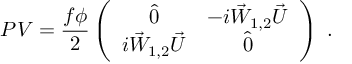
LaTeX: P V = \frac { f \phi } { 2 } \left( \begin{array} { c c } { { \hat { 0 } } } & { { - i \vec { W } _ { 1 , 2 } \vec { U } } } \\ { { i \vec { W } _ { 1 , 2 } \vec { U } } } & { { \hat { 0 } } } \end{array} \right) ~ .